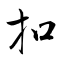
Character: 扣